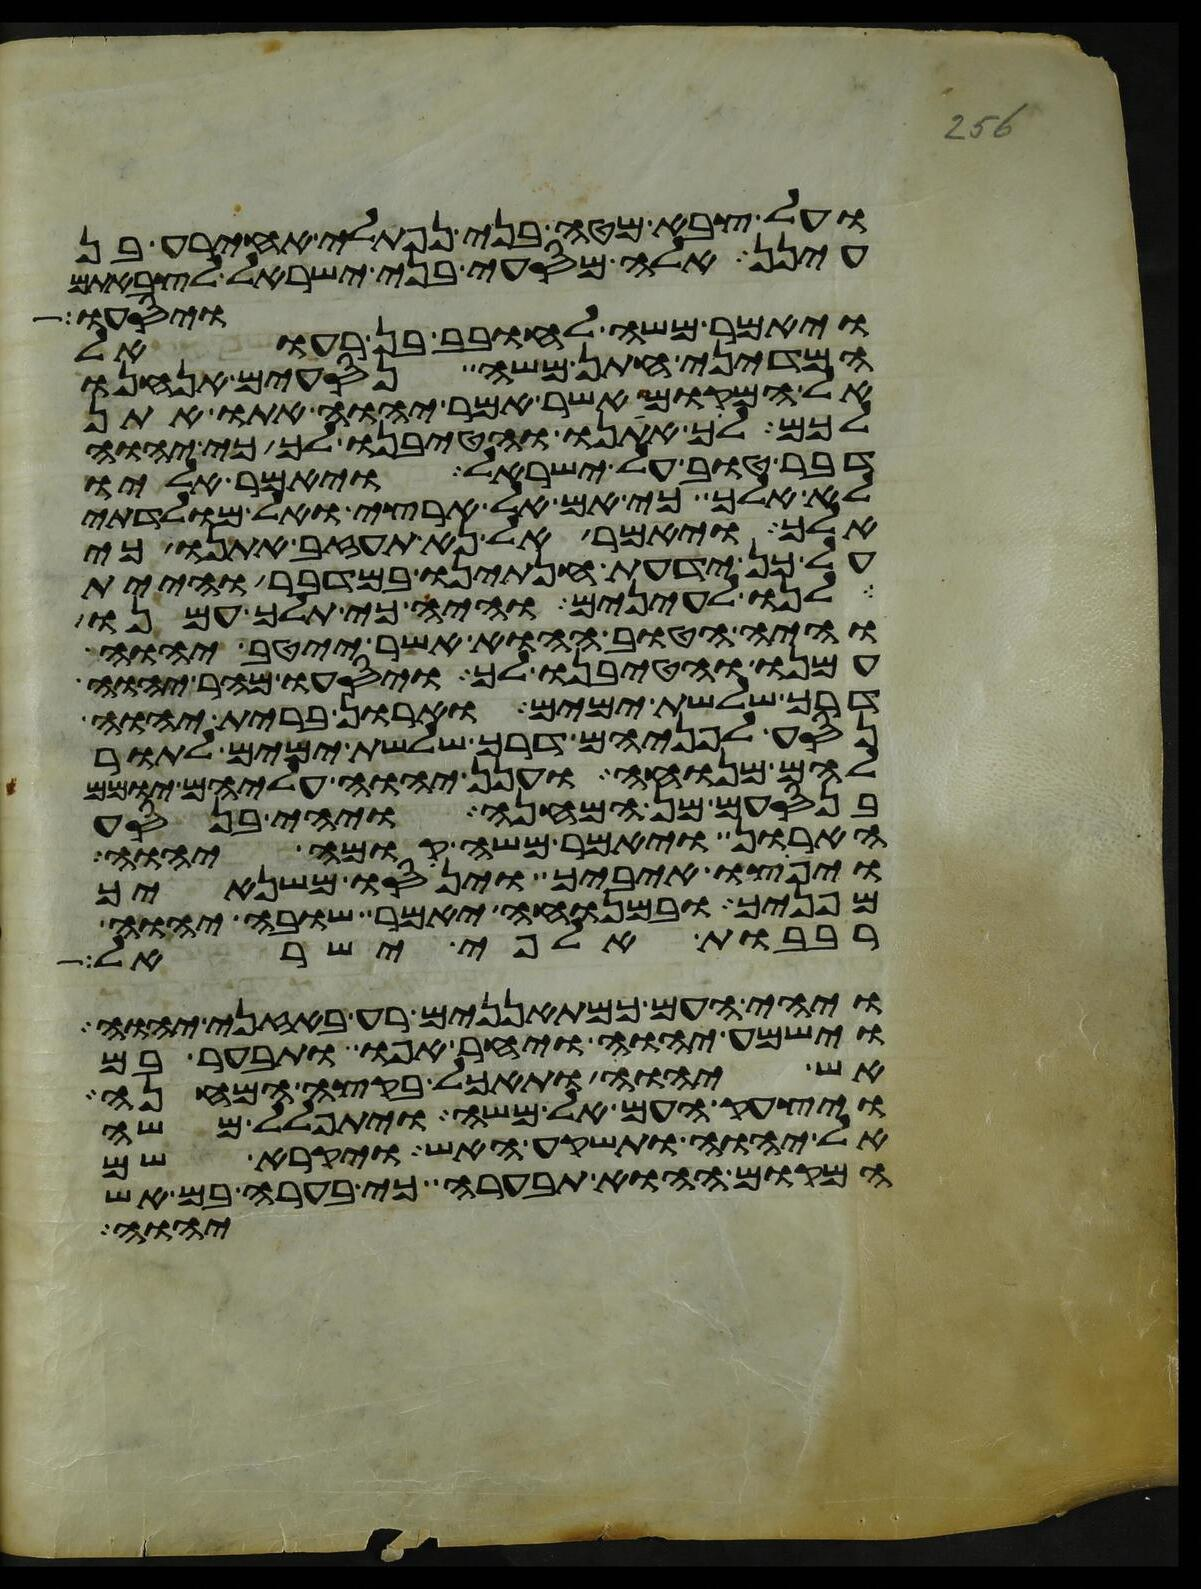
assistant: ועל צבא מטה בני נפתלי אחירע בן
עינן אלה מסעי בני ישראל לצבאתם
ויאמר משה לחובב בן רעואל
ויסעו
המדיני חתן משה נסעים אנחנו
אל המקום אשר אמר יהוה אתו אתן
לכם לך אתנו והטיבנו לך כי יהוה
דבר טוב על ישראל ויאמר אליו
לא אלך כי אם אל ארצי ואל מולדתי
אלך ויאמר אל נא תעזב אתנו כי
על כן ידעת חנתינו במדבר והיית
לנו לעינים והיה כי תלך עמנו
והיה הטוב ההוא אשר ייטב יהוה
עמנו והטיבנו לך ויסעו מהר יהוה
דרך שלשת ימים וארון ברית יהוה
נסע לפניהם דרך שלשת ימים לתור
להם מנוחה וענן יהוה עליהם יומם
בנסעם מן המחנה ויהי בנסע
הארון ויאמר משה קומה יהוה
ויפוצו איביך וינסו משנאיך
מפניך ובמנוחה יאמר שובה יהוה
רבבות אלפי ישראל
ויהי העם כמתאננים רע באזני יהוה
וישמע יהוה ויחר אפו ותבער בם
אש יהוה ותאכל בקצה המחנה
ויצעק העם אל משה ויתפלל משה
אל יהוה ותשקע האש ויקרא שם
המקום ההוא תבערה כי בערה בם אש
יהוה